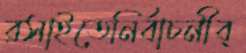
রসাইতেনির্বাচনীব্